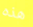
هذه